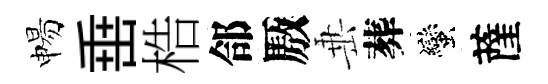
惕𡸁梏郃厫𡸁葬蠻薩